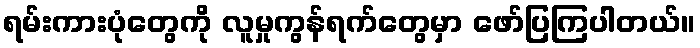
ရမ်းကားပုံတွေကို လူမှုကွန်ရက်တွေမှာ ဖော်ပြကြပါတယ်။